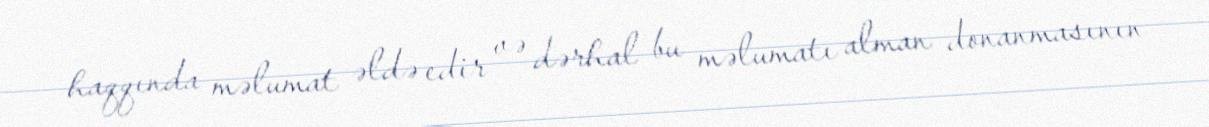
haqqında məlumat əldə edir və dərhal bu məlumatı alman donanmasının